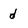
Character: d